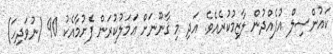
ކައުންސިލް އުފެއްދުން ލާޒިމުކުރެއެވެ. އަދި މި ޤާނޫނަށް ޢަމަލުކުރަން ފެށުމާއެކު 90 (ނުވަދިހަ)